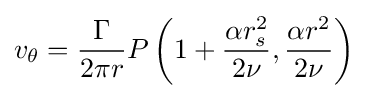
v_{\theta }={\frac {\Gamma }{2\pi r}}P\left(1+{\frac {\alpha r_{s}^{2}}{2\nu }},{\frac {\alpha r^{2}}{2\nu }}\right)